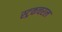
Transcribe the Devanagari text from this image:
स्ट्रकचरल